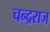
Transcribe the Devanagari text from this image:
चन्द्रराज